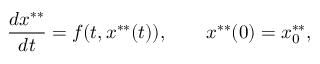
\frac { d x ^ { * * } } { d t } = f ( t , x ^ { * * } ( t ) ) , \qquad x ^ { * * } ( 0 ) = x _ { 0 } ^ { * * } ,